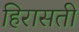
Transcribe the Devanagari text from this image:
हिरासती